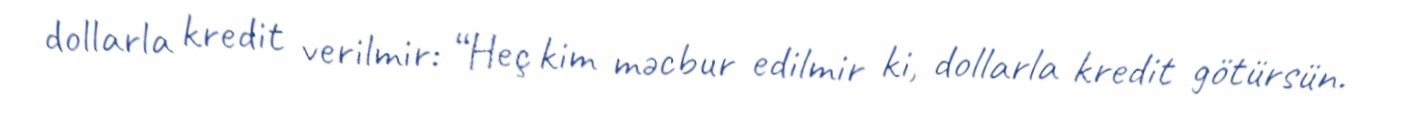
dollarla kredit verilmir: “Heç kim məcbur edilmir ki, dollarla kredit götürsün.